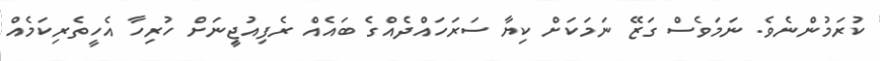
ކުރަމުންނެވެ. ނަމަވެސް ގަޒޭ ނަމަކަށް ކިޔާ ސަރަހައްދެއްގެ ބައެއް ރެފިއުޖީިނަށް ހުރިހާ އެހީތެރިކަމެއް